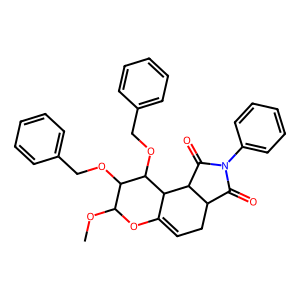
SMILES: COC1OC2=CCC3C(=O)N(c4ccccc4)C(=O)C3C2C(OCc2ccccc2)C1OCc1ccccc1
Inhibits HIV replication: No